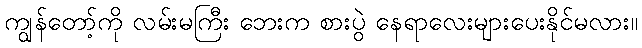
ကျွန်တော့်ကို လမ်းမကြီး ဘေးက စားပွဲ နေရာလေးများပေးနိုင်မလား။